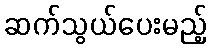
ဆက်သွယ်ပေးမည့်